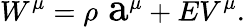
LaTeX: W^{\mu}=\rho\mathrm{\Large~a}^{\mu}+EV^{\mu}.